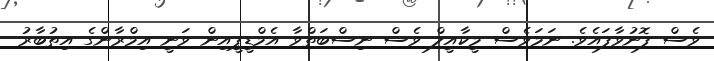
ވެސް ފޮނުވާފައެވެ. ނަމަވެސް މީކާއީލް ވެސް ނިސްބަތްވާ އެމްޑީޕީއިން ވަނީ އިމްރާންގެ އިތުބާރު